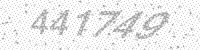
Solution: 441749